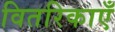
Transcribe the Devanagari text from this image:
वितरिकाएँ